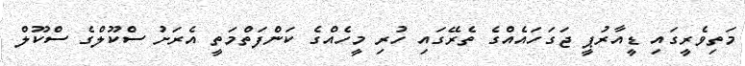
މަތިވެރީގައި ޑީއާރުޕީ ޖަގަހައެއްގެ ތެރޭގައި ހުރި މީހެއްގެ ކަންފަތްމަތީ އެރަށު ސްކޫލްގެ ސްކޫލް